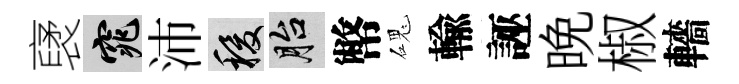
裦窕沛稷胎幣磈輸誣晩椒轖